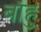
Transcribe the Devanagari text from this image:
बाँहु